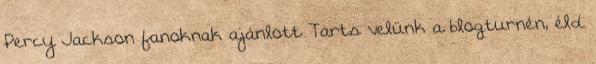
Percy Jackson fanoknak ajánlott Tarts velünk a blogturnén, éld